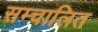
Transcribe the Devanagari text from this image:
सम्चालित